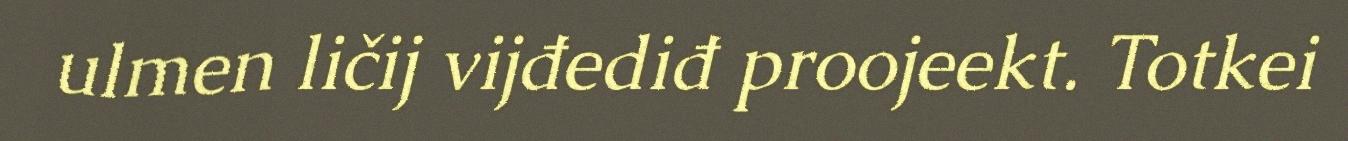
ulmen ličij vijđediđ proojeekt. Totkei